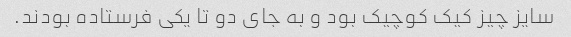
سایز چیز کیک کوچیک بود و به جای دو تا یکی فرستاده بودند.